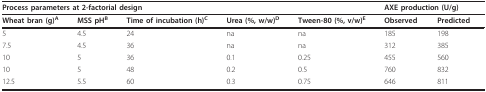
| <COLSPAN=5> Process parameters at 2-factorial design | <COLSPAN=2> AXE production (U/g) |
 | --- | --- | --- | --- | --- | --- | --- |
 | Wheat bran (g)A | MSS pHB | Time of incubation (h)C | Urea (%, w/w)D | Tween-80 (%, v/w)E | Observed | Predicted |
 | 5 | 4.5 | 24 | na | na | 185 | 198 |
 | 7.5 | 4.5 | 36 | na | na | 312 | 385 |
 | 10 | 5 | 36 | 0.1 | 0.25 | 455 | 560 |
 | 10 | 5 | 48 | 0.2 | 0.5 | 760 | 832 |
 | 12.5 | 5.5 | 60 | 0.3 | 0.75 | 646 | 811 |